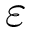
\varepsilon